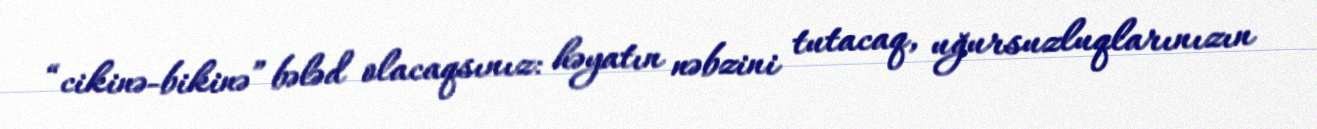
“cikinə-bikinə” bələd olacaqsınız: həyatın nəbzini tutacaq, uğursuzluqlarınızın